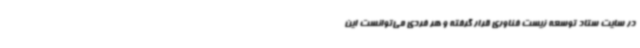
در سایت ستاد توسعه زیست فناوری قرار گرفته و هر فردی می‌توانست این